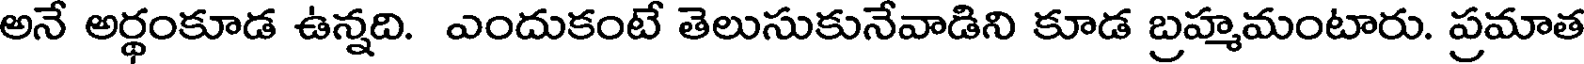
అనే అర్థంకూడ ఉన్నది. ఎందుకంటే తెలుసుకునేవాడిని కూడ బ్రహ్మమంటారు. ప్రమాత